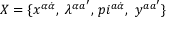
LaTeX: X = \{ x ^ { \alpha \dot { \alpha } } , \ \lambda ^ { \alpha a ^ { \prime } } , \, p i ^ { a \dot { \alpha } } , \ y ^ { a a ^ { \prime } } \}